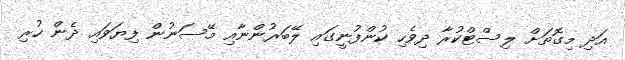
އަދި މިގޮތަށް ލިސްޓްކުރާ ދިވެހި ކުންފުނީގައި ލޭބަރުންނާއި މޭސަނުން ފިޔަވައި ދެން ހުރި